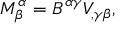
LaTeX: M _ { \beta } ^ { \alpha } = B ^ { \alpha \gamma } V _ { , \gamma \beta } ,